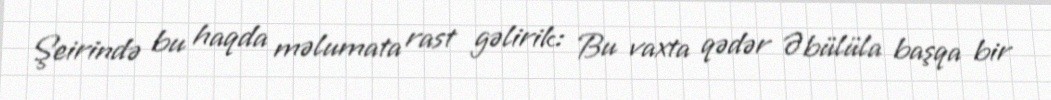
Şeirində bu haqda məlumata rast gəlirik: Bu vaxta qədər Əbülüla başqa bir